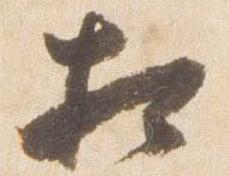
相